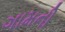
ગામની